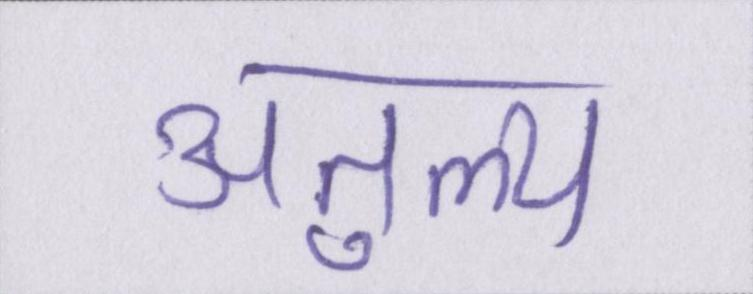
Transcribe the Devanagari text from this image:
अतुल्य